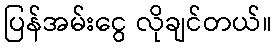
ပြန်အမ်းငွေ လိုချင်တယ်။